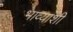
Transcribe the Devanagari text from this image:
भाव्यांशी